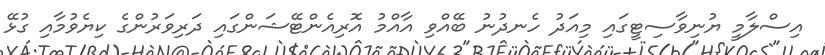
އިސްލާމީ ޔުނިވާސިޓީގައި މިއަދު ހެނދުނު ބޭއްވި އާއްމު އޮރިއެންޓޭޝަންގައި ދަރިވަރުންގެ ކިޔެވުމާއި ގުޅޭ